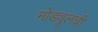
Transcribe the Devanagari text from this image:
मोड्यूलची